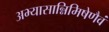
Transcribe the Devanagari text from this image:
अभ्यासान्निमिषेणैवं